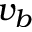
v _ { b }